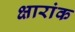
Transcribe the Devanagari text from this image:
क्षारांक